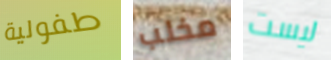
طفولية مخلب ليست